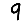
Digit: 9